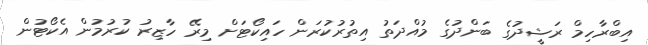
އިބްރާހިމް ރަޝީދުގެ ބަންދުގެ މުއްދަތު އިތުރުކުރަން ހައިކޯޓަށް މިރޭ ހާޒިރު ކުރުމުން އެކޯޓުން